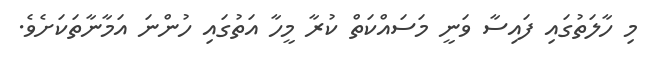
މި ހާލަތުގައި ފައިސާ ވަނީ މަސައްކަތް ކުރާ މީހާ އަތުގައި ހުންނަ އަމާނާތަކަށެވެ.